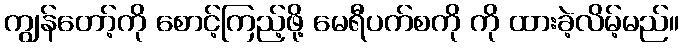
ကျွန်တော့်ကို စောင့်ကြည့်ဖို့ မေရီပက်စကို ကို ထားခဲ့လိမ့်မည်။